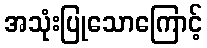
အသုံးပြုသောကြောင့်